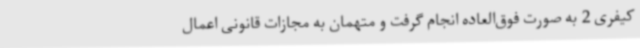
کیفری 2 به صورت فوق‌العاده انجام گرفت و متهمان به مجازات قانونی اعمال